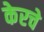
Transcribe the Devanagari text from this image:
केरचे